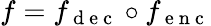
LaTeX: f=f_{\mathrm{~d~e~c~}}\circ f_{\mathrm{~e~n~c~}}